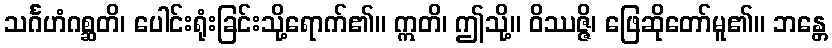
သင်္ဂဟံဂစ္ဆတိ၊ ပေါင်းရုံးခြင်းသို့ရောက်၏။ ဣတိ၊ ဤသို့။ ဝိဿဇ္ဇိ၊ ဖြေဆိုတော်မူ၏။ ဘန္တေ